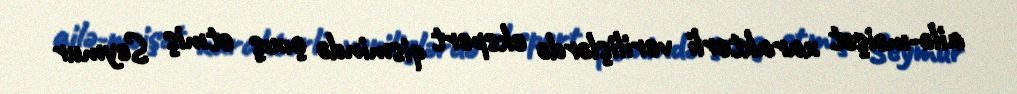
ailə-məişət xarakterli verilişlərdə ekspert qismində çıxış etmiş Seymur